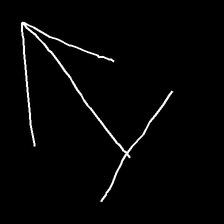
Glyph: levitation